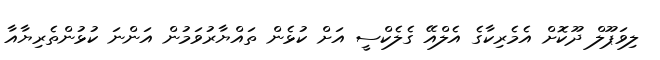
ލިވަޕޫލް ދޫކޮށް އެމެރިކާގެ އެލްއޭ ގެލެކްސީ އަށް ކުޅެން ތައްޔާރުވަމުން އަންނަ ކުޅުންތެރިޔާއާ